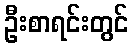
ဦးစာရင်းတွင်